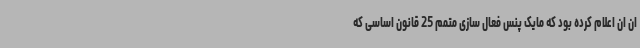
ان ان اعلام کرده بود که مایک پنس فعال سازی متمم 25 قانون اساسی که